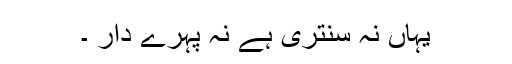
یہاں نہ سنتری ہے نہ پہرے دار ۔